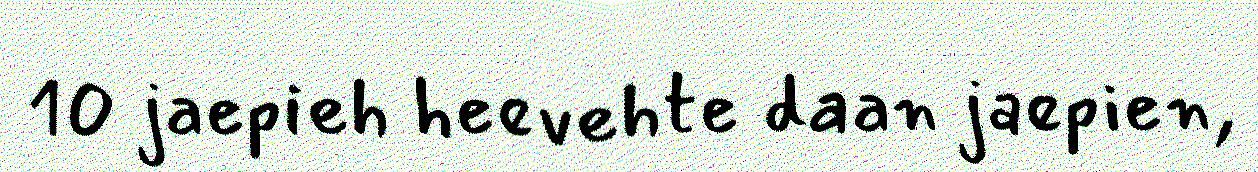
10 jaepieh heevehte daan jaepien,